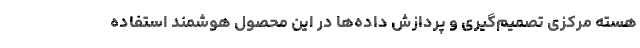
هسته مرکزی تصمیم‌گیری و پردازش داده‌ها در این محصول هوشمند استفاده